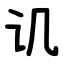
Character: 讥